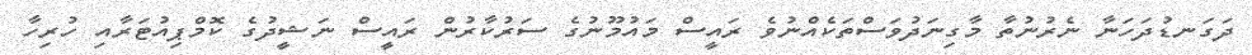
ދަގަނޑުދަހަނާ ނެރުނުތާ މާގިނަދުވަސްތަކެއްނުވެ ރައީސް މައުމޫނުގެ ސަރުކާރުން ރައީސް ނަޝީދުގެ ކޮމްޕިއުޓަރާއި ހުރިހާ